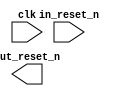
module ghrd_10as066n2_rst_in (
		input  wire  clk,         //       clk.clk
		input  wire  in_reset_n,  //  in_reset.reset_n
		output wire  out_reset_n  // out_reset.reset_n
	);
endmodule